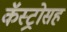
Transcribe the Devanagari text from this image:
कॅस्ट्रोसह